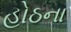
હોઠના